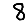
Digit: 8